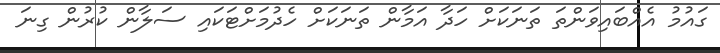
ގައުމު އެއްބައިވަންތަ ތަނަކަށް ހަދާ އަމާން ތަނަކަށް ހެދުމަށްޓަކައި ސަލާން ކުރުން ގިނަ